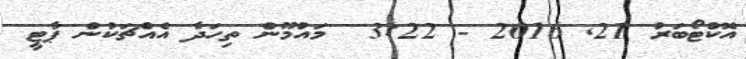
އޮކްޓޯބަރު 21